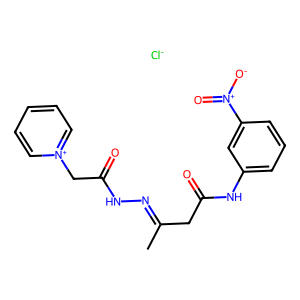
SMILES: CC(CC(=O)Nc1cccc([N+](=O)[O-])c1)=NNC(=O)C[n+]1ccccc1.[Cl-]
Inhibits HIV replication: No